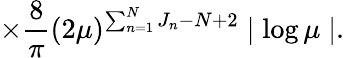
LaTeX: \times\frac{8}{\pi}(2\mu)^{\sum_{n=1}^{N}J_{n}-N+2}\mid\log\mu\mid.